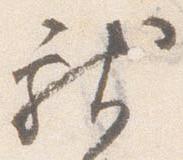
献